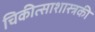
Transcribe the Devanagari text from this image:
चिकीत्साशास्त्रकी